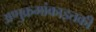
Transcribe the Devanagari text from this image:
अणुक्रमांकाइतकी